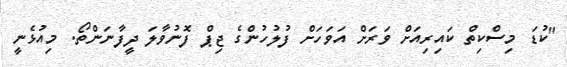
"ކުޑަ މިސްކިތް ކައިރިއަށް ވަރަށް އަވަހަށް ފުލުހުންގެ ޖިޕް ފޮނުވާލަ ދީފާނަންތޯ. މިއުޅެނީ